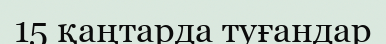
15 қаңтарда туғандар